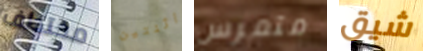
مختطف اثنتين متمرس شيق